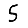
Digit: 5